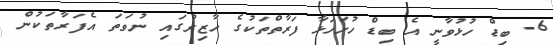
6- ބިޑް ހުޅުވާނީ އެ ބިޑް ހުށަހަޅާ ފަރާތްތަކުގެ ހާޒިރުގައި ނުވަތަ އެފަރާތަކުން